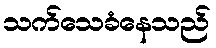
သက်သေခံနေသည်